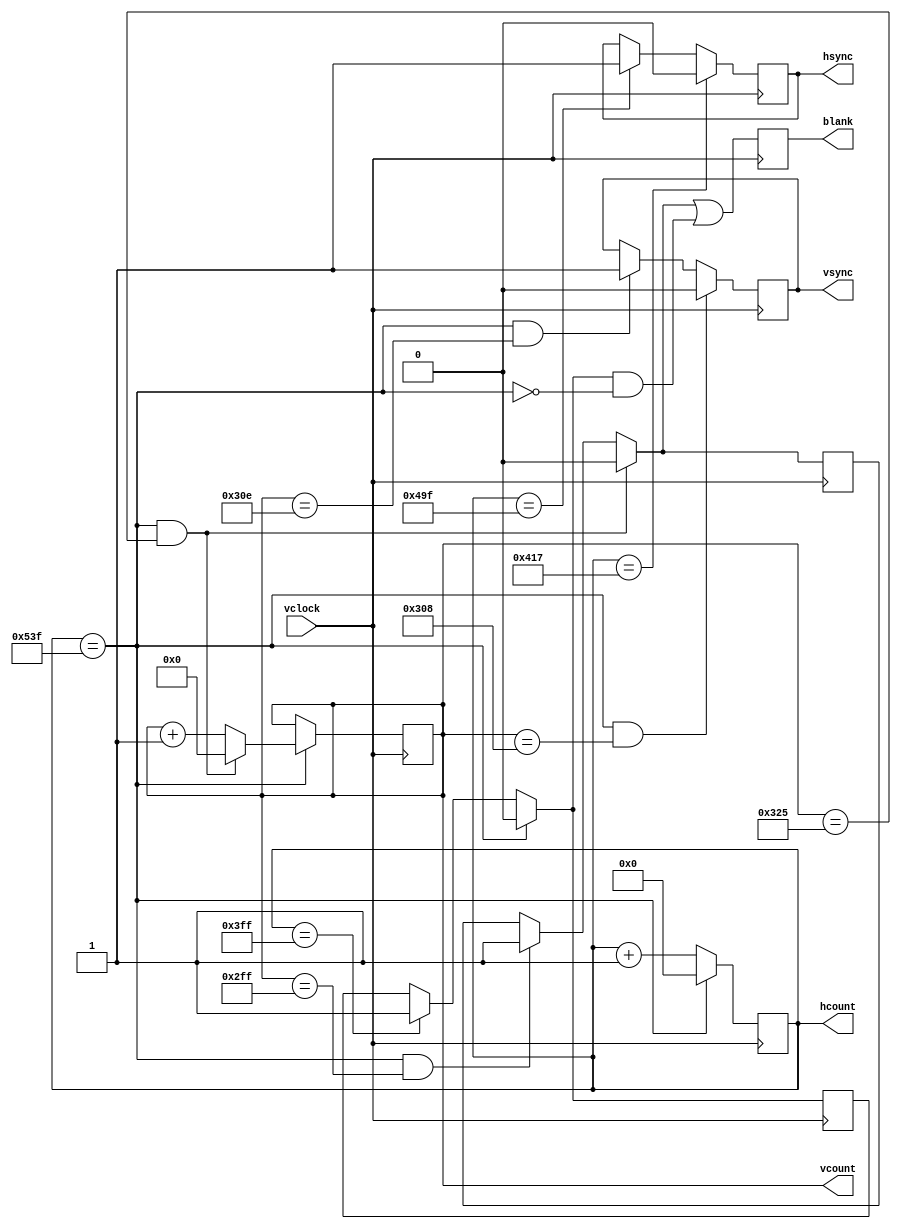
`timescale 1ns / 1ps
//////////////////////////////////////////////////////////////////////////////////
// Company: 
// Engineer: 
// 
// Design Name: 
// Module Name:    xvga 
// Project Name: 
// Target Devices: 
// Tool versions: 
// Description: generate XVGA display signals (1024 x 768 @ 60Hz)
//
// Dependencies: 
//
// Revision: 
// Revision 0.01 - File Created
// Additional Comments: 
//
//////////////////////////////////////////////////////////////////////////////////

module xvga(input vclock,
            output reg [10:0] hcount,    // pixel number on current line
            output reg [9:0] vcount,	   // line number
            output reg vsync,hsync,blank);

   // horizontal: 1344 pixels total
   // display 1024 pixels per line
   reg hblank,vblank;
   wire hsyncon,hsyncoff,hreset,hblankon;
   assign hblankon = (hcount == 1023);    
   assign hsyncon = (hcount == 1047);
   assign hsyncoff = (hcount == 1183);
   assign hreset = (hcount == 1343);

   // vertical: 806 lines total
   // display 768 lines
   wire vsyncon,vsyncoff,vreset,vblankon;
   assign vblankon = hreset & (vcount == 767);    
   assign vsyncon = hreset & (vcount == 776);
   assign vsyncoff = hreset & (vcount == 782);
   assign vreset = hreset & (vcount == 805);

   // sync and blanking
   wire next_hblank,next_vblank;
   assign next_hblank = hreset ? 0 : hblankon ? 1 : hblank;
   assign next_vblank = vreset ? 0 : vblankon ? 1 : vblank;
   always @(posedge vclock) begin
      hcount <= hreset ? 0 : hcount + 1;
      hblank <= next_hblank;
      hsync <= hsyncon ? 0 : hsyncoff ? 1 : hsync;  // active low

      vcount <= hreset ? (vreset ? 0 : vcount + 1) : vcount;
      vblank <= next_vblank;
      vsync <= vsyncon ? 0 : vsyncoff ? 1 : vsync;  // active low

      blank <= next_vblank | (next_hblank & ~hreset);
   end
endmodule